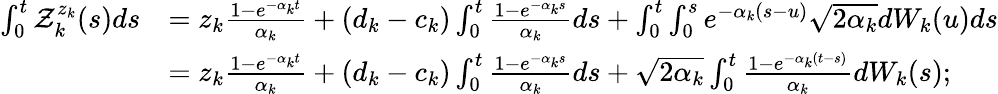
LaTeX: \begin{array}{rl}{\int_{0}^{t}\mathcal{Z}_{k}^{z_{k}}(s)ds}&{=z_{k}\frac{1-e^{-\alpha_{k}t}}{\alpha_{k}}+(d_{k}-c_{k})\int_{0}^{t}\frac{1-e^{-\alpha_{k}s}}{\alpha_{k}}ds+\int_{0}^{t}\int_{0}^{s}e^{-\alpha_{k}(s-u)}\sqrt{2\alpha_{k}}dW_{k}(u)ds}\\ &{=z_{k}\frac{1-e^{-\alpha_{k}t}}{\alpha_{k}}+(d_{k}-c_{k})\int_{0}^{t}\frac{1-e^{-\alpha_{k}s}}{\alpha_{k}}ds+\sqrt{2\alpha_{k}}\int_{0}^{t}\frac{1-e^{-\alpha_{k}(t-s)}}{\alpha_{k}}dW_{k}(s);}\end{array}